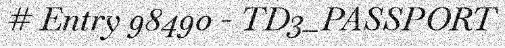
# Entry 98490 - TD3_PASSPORT